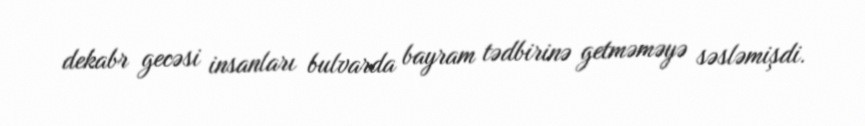
dekabr gecəsi insanları bulvarda bayram tədbirinə getməməyə səsləmişdi.